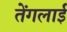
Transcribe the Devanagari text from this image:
तेंगलाई